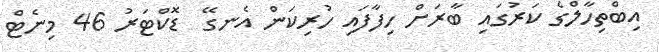
އިބްތިހާލްގެ ކަރުގައި ބާރަށް ހިފާފައި ހުރިކަން އެނގޭ  ޑޮކްޓަރު 46 މިނެޓް